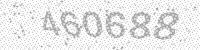
Solution: 460688